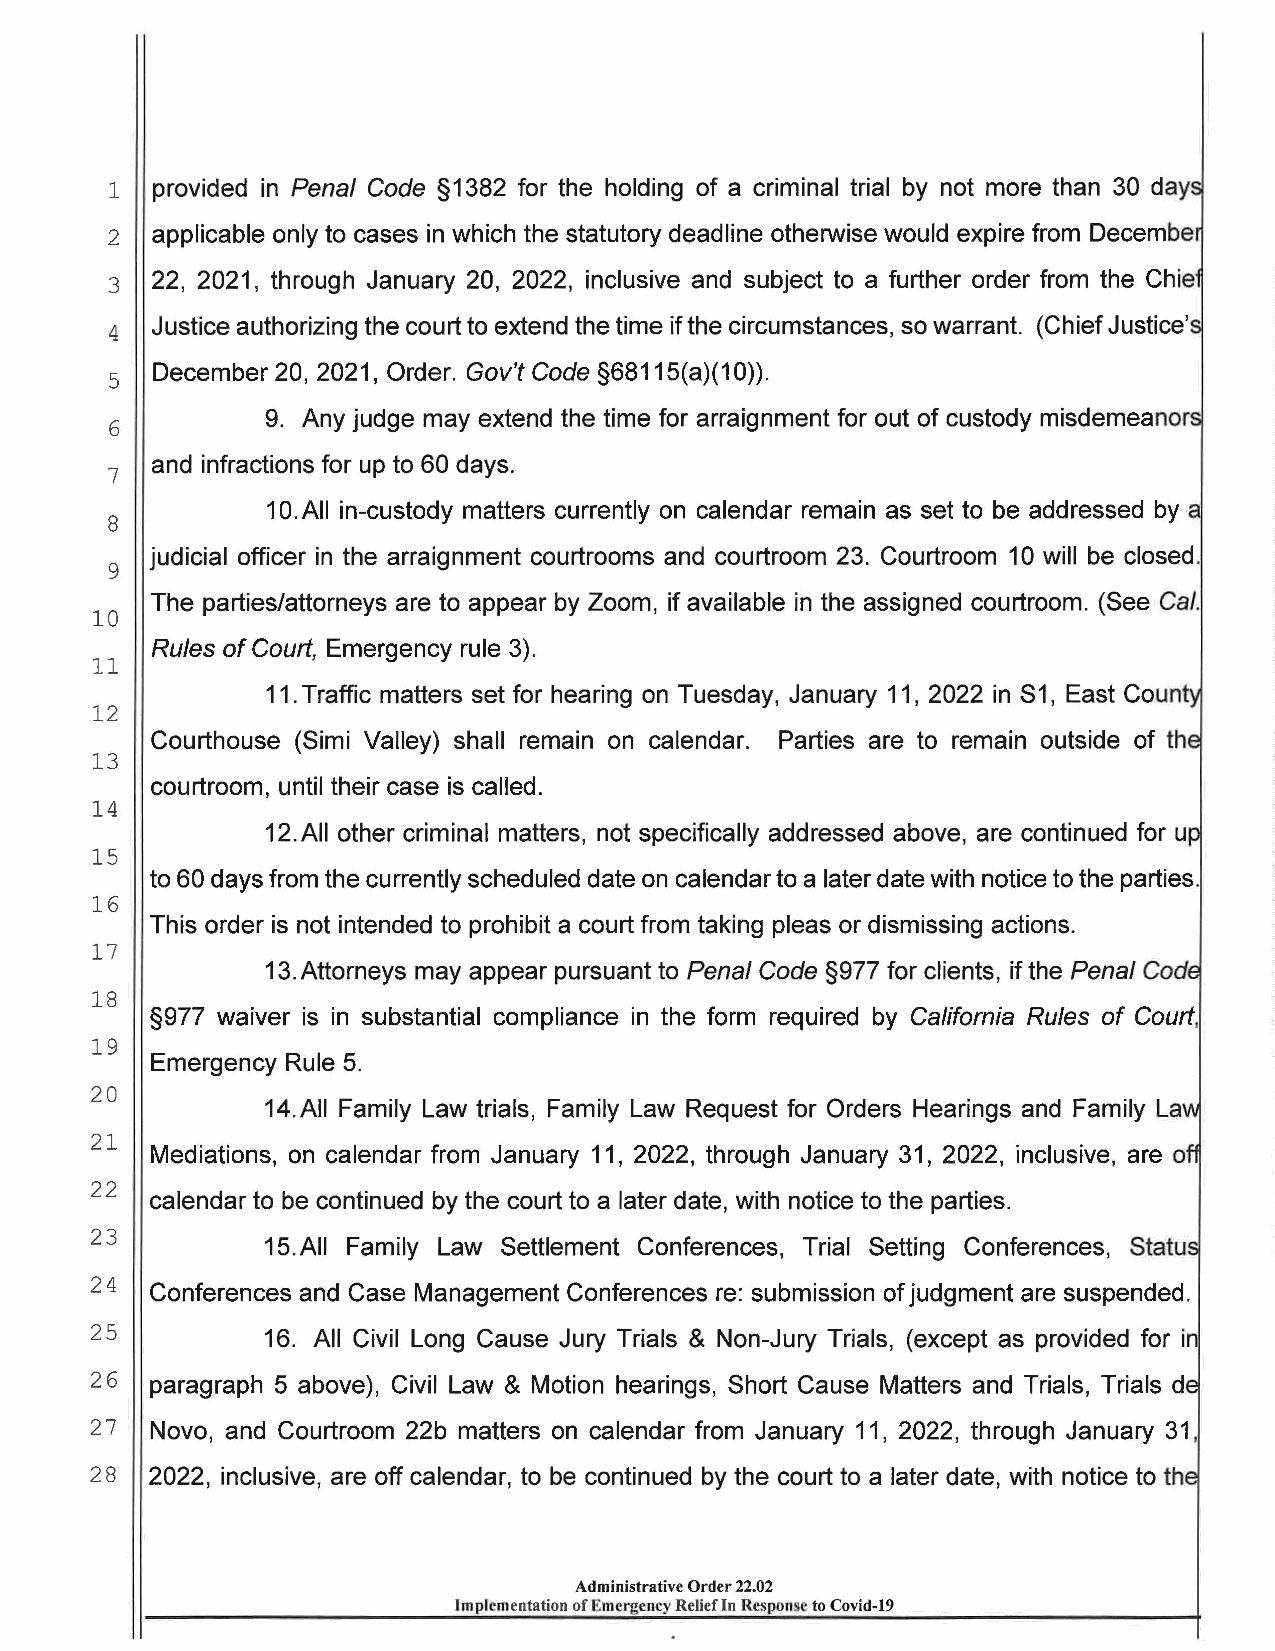
1  provided in Penal Code §1382 for the holding of a criminal trial by not more than 30 day
 2  applicable only to cases in which the statutory deadline otherwise would expire from Decembe
 22, 2021, through January 20, 2022, inclusive and subject to a further order from the Chie
 3
 Justice authorizing the court to extend the time if the circumstances, so warrant. (Chief Justice'
 4
 December 20, 2021, Order. Gov't Code §68115(a)(10)).
 5
 9. Any judge may extend the time for arraignment for out of custody misdemeanor
 6
 and infractions for up to 60 days.
 7
 1 0.AII in-custody matters currently on calendar remain as set to be addressed by
 8
 judicial officer in the arraignment courtrooms and courtroom 23. Courtroom 10 will be closed.
 9
 The parties/attorneys are to appear by Zoom, if available in the assigned courtroom. (See Ca/.
 10
 Rules of Court, Emergency rule 3).
 11
 11. Traffic matters set for hearing on Tuesday, January 11, 2022 in S1, East Count
 12
 Courthouse (Simi Valley) shall remain on calendar. Parties are to remain outside of th
 13
 courtroom, until their case is called.
 14
 12.AII other criminal matters, not specifically addressed above, are continued for u
 15
 to 60 days from the currently scheduled date on calendar to a later date with notice to the parties.
 16
 This order is not intended to prohibit a court from taking pleas or dismissing actions.
 17
 13. Attorneys may appear pursuant to Penal Code §977 for clients, if the Penal Cod
 18
 §977 waiver is in substantial compliance in the form required by California Rules of Court,
 19
 Emergency Rule 5.
 20
 14.AII Family Law trials, Family Law Request for Orders Hearings and Family La
 21
 Mediations, on calendar from January 11, 2022, through January 31, 2022, inclusive, are o
 22
 calendar to be continued by the court to a later date, with notice to the parties.
 23
 15. All Family Law Settlement Conferences, Trial Setting Conferences,
 24
 Conferences and Case Management Conferences re: submission of judgment are suspended.
 25         16. All Civil Long Cause Jury Trials & Non-Jury Trials, (except as provided for i
 26  paragraph 5 above), Civil Law & Motion hearings, Short Cause Matters and Trials, Trials d
 27  Novo, and Courtroom 22b matters on calendar from January 11, 2022, through January 31,
 28  2022, inclusive, are off calendar, to be continued by the court to a later date, with notice to th
 Administrative Order 22.02
 Implementation of Emergency Reliefln Respon ·c to Covid-19